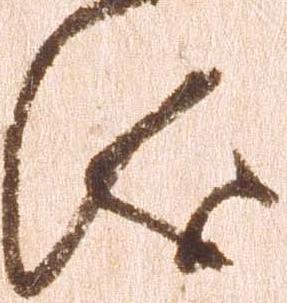
儀